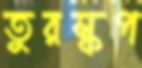
তুরস্কপ